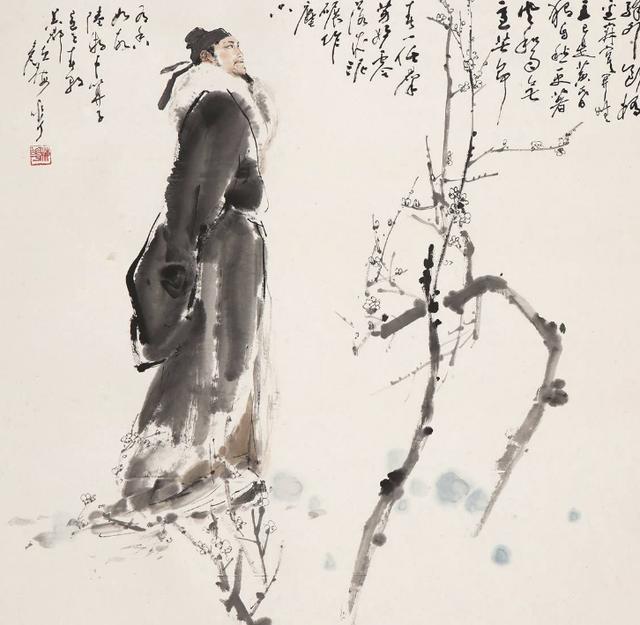
此身行作稽山土，犹吊遗踪一泫然。